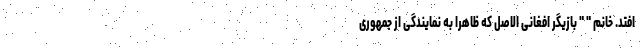
افتد. خانم " " بازیگر افغانی الاصل که ظاهرا به نمایندگی از جمهوری